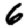
Digit: 6